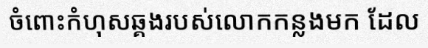
ចំពោះកំហុសឆ្គងរបស់លោកកន្លងមក ដែល